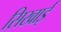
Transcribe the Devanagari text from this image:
सिखाईं